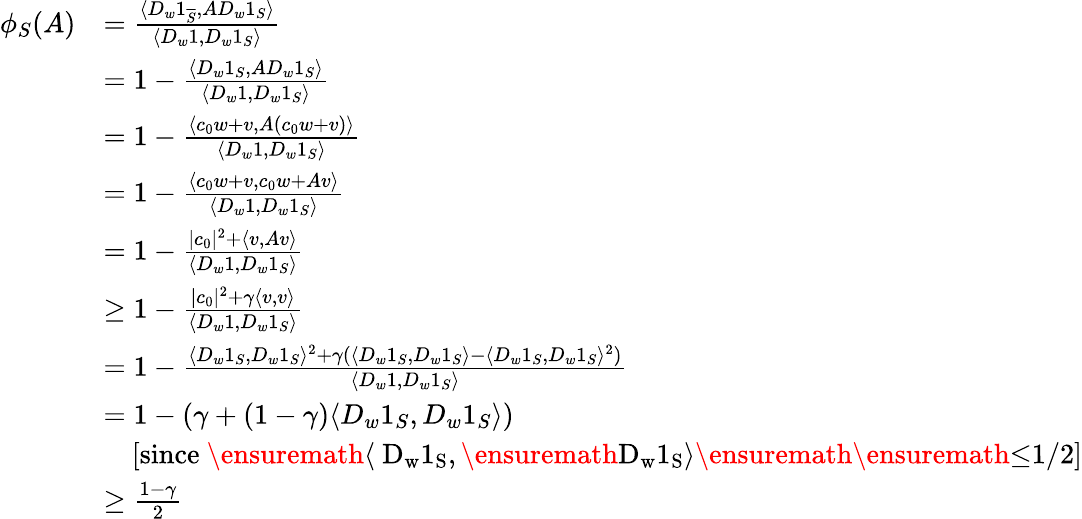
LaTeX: \begin{array}{rl}{\phi_{S}(A)}&{=\frac{\langle D_{w}1_{\overline{{S}}},AD_{w}1_{S}\rangle}{\langle D_{w}1,D_{w}1_{S}\rangle}}\\ &{=1-\frac{\langle D_{w}1_{S},AD_{w}1_{S}\rangle}{\langle D_{w}1,D_{w}1_{S}\rangle}}\\ &{=1-\frac{\langle c_{0}w+v,A(c_{0}w+v)\rangle}{\langle D_{w}1,D_{w}1_{S}\rangle}}\\ &{=1-\frac{\langle c_{0}w+v,c_{0}w+Av\rangle}{\langle D_{w}1,D_{w}1_{S}\rangle}}\\ &{=1-\frac{|c_{0}|^{2}+\langle v,Av\rangle}{\langle D_{w}1,D_{w}1_{S}\rangle}}\\ &{\geq 1-\frac{|c_{0}|^{2}+\gamma\langle v,v\rangle}{\langle D_{w}1,D_{w}1_{S}\rangle}}\\ &{=1-\frac{\langle D_{w}1_{S},D_{w}1_{S}\rangle^{2}+\gamma(\langle D_{w}1_{S},D_{w}1_{S}\rangle-\langle D_{w}1_{S},D_{w}1_{S}\rangle^{2})}{\langle D_{w}1,D_{w}1_{S}\rangle}}\\ &{=1-(\gamma+(1-\gamma)\langle D_{w}1_{S},D_{w}1_{S}\rangle)}\\ &{\ \ \ \ [\mathrm{since~\ensuremath{\langle~D_{w}1_{S}},\ensuremath{D_{w}1_{S}\rangle}\ensuremath{\ensuremath{\leq}1/2}}]}\\ &{\geq\frac{1-\gamma}{2}}\end{array}